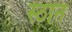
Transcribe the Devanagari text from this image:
स्ठान